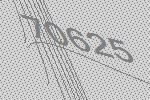
70625